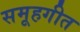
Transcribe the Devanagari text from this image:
समूहगीत